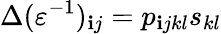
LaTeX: \Delta(\varepsilon^{-1})_{\mathbf{i}j}=p_{\mathbf{i}jkl}s_{kl}